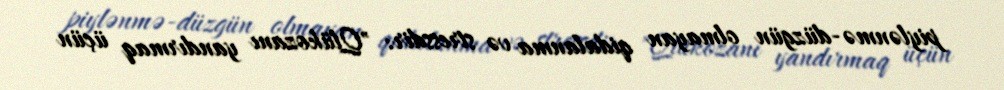
piylənmə-düzgün olmayan qidalanma və stressdir: "Qlükozanı yandırmaq üçün